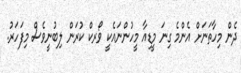
ދެން މިހާތަނަށް އެންމެ ގިނަ މީޑިއާ މީހުންނައެކީ ވޯރކް ކުރަން ލިބުނީވެސް މިފަހަރު.